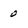
Character: 0